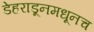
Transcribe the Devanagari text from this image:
डेहराडूनमधूनच